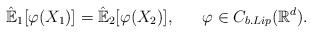
LaTeX: \begin{align*}\mathbb{\hat{E}}_{1}[\varphi(X_{1})]=\mathbb{\hat{E}}_{2}[\varphi(X_{2})], \ \ \ \ \ \varphi \in C_{b.Lip}(\mathbb{R}^{d}).\end{align*}